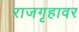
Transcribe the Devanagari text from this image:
राजगृहावर